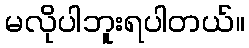
မလိုပါဘူးရပါတယ်။